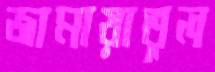
জামায়াতুল